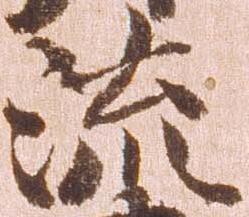
流